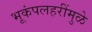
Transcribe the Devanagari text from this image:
भूकंपलहरींमुळे